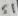
Text: S1